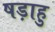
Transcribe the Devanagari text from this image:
षड़ाहु